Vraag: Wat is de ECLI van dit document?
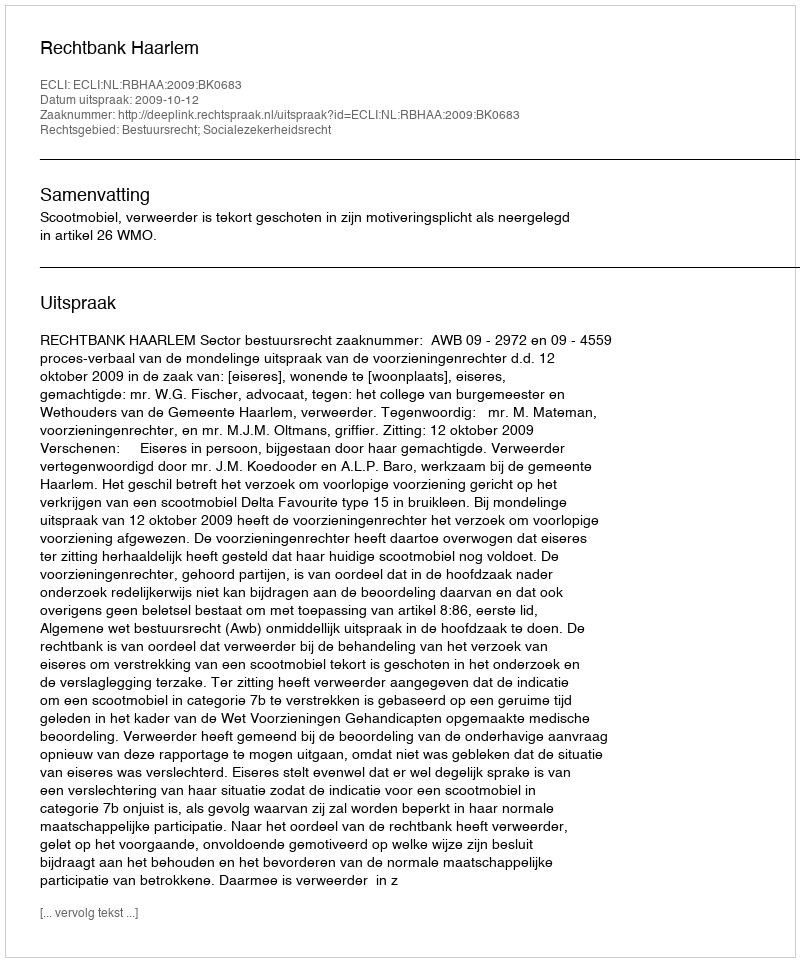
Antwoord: ECLI:NL:RBHAA:2009:BK0683